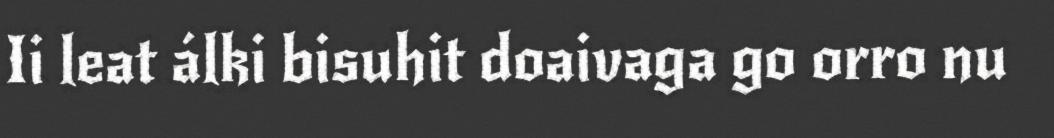
Ii leat álki bisuhit doaivaga go orro nu